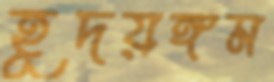
হূদয়ঙ্গম